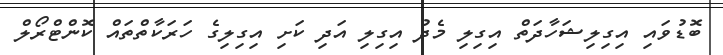
ބޮޑުވައި އިގިލިޝަހާދަތް އިގިލި މެދު އިގިލި އަދި ކަށި އިގިލިގެ ހަރަކާތްތައް ކޮންޓްރޯލް